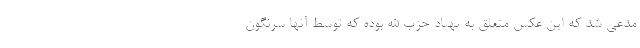
مدعی شد که این عکس متعلق به پهپاد حزب الله بوده که توسط آنها سرنگون